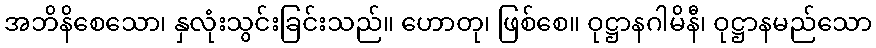
အဘိနိစေသော၊ နှလုံးသွင်းခြင်းသည်။ ဟောတု၊ ဖြစ်စေ။ ဝုဋ္ဌာနဂါမိနီ၊ ဝုဋ္ဌာနမည်သော